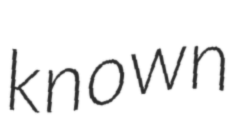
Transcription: known